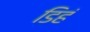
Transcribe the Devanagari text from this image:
डिहं